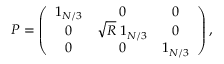
P = \left( \begin{array} { c c c } { 1 _ { N / 3 } } & { 0 } & { 0 } \\ { 0 } & { \sqrt { R } \; 1 _ { N / 3 } } & { 0 } \\ { 0 } & { 0 } & { 1 _ { N / 3 } } \end{array} \right) ,